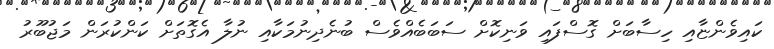
ކައިވެންޏާއި ހިސާބަށް ގޮސްފައި ވަނިކޮށް ސަބަބެއްވެސް ބުނެދިނުމަކާއި ނުލާ އެގޮތަށް ކަންކުރަން މަޖުބޫރު